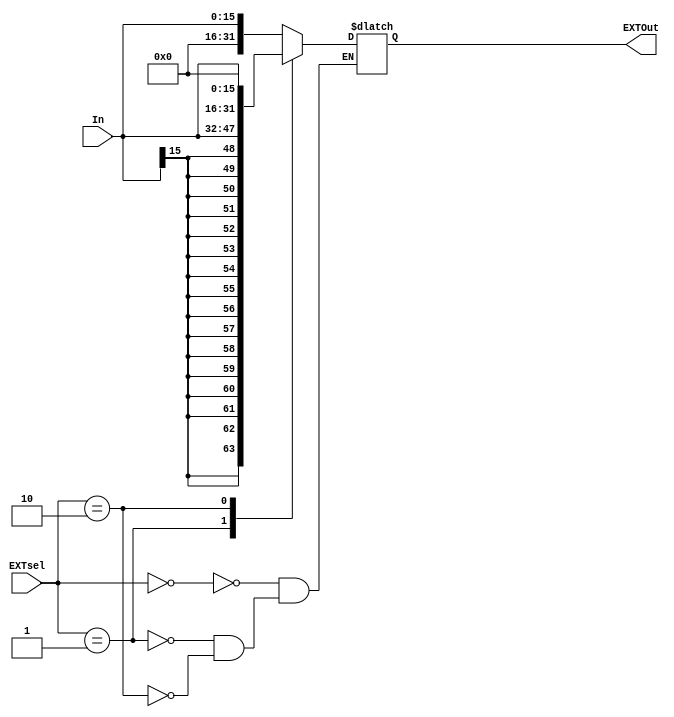
`timescale 1ns / 1ps
//////////////////////////////////////////////////////////////////////////////////
// Company: 
// Engineer: 
// 
// Design Name: 
// Module Name:    EXT 
// Project Name: 
// Target Devices: 
// Tool versions: 
// Description: 
//
// Dependencies: 
//
// Revision: 
// Revision 0.01 - File Created
// Additional Comments: 
//
//////////////////////////////////////////////////////////////////////////////////
module EXT(
    input [15:0] In,
    input [1:0] EXTsel,
    output reg [31:0] EXTOut
    );
	always @(*)begin
		case(EXTsel)
			2'b00: EXTOut<={16'h0000,In};
			2'b01: EXTOut<={{16{In[15]}},In};
			2'b10: EXTOut<={In,16'h0000};
		endcase
	end

endmodule